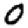
Digit: 0